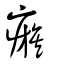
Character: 瘯